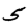
Digit: 5